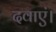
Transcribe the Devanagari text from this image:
दवाएं।